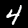
Label: 4